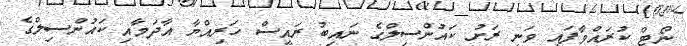
ނޯޓް ކުރައްވާފައި ވަނީ ރަށު ކައުންސިލްގެ ނައިބު ރައީސް ހަރިއްޔާ އާދަމާއި ކައުންސިލްގެ